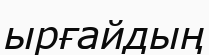
ырғайдың